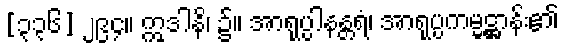
[၃၃၆] ၂၉၄။ ဣဒါနိ၊ ၌။ အာရုပ္ပါနန္တရံ၊ အာရုပ္ပကမ္မဋ္ဌာန်း၏